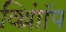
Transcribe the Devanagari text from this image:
व्थ्राॉिंप